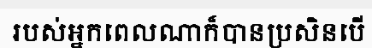
របស់អ្នកពេលណាក៏បានប្រសិនបើ